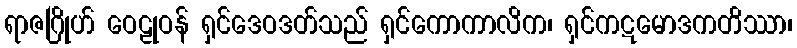
ရာဇဂြိုဟ် ဝေဠုဝန် ရှင်ဒေဝဒတ်သည် ရှင်ကောကာလိက၊ ရှင်ကဋမောဒကတိဿာ၊